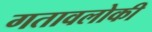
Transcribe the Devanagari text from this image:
गतावलोकी